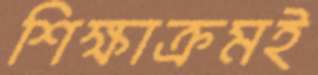
শিক্ষাক্রমই